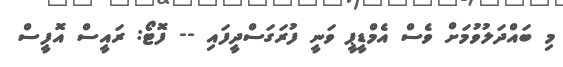
މި ބައްދަލުވުމަށް ވެސް އެމްޑީޕީ ވަނީ ފުރަގަސްދީފައި -- ފޮޓޯ: ރައީސް އޮފީސް